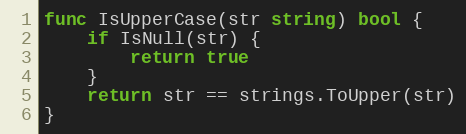
Language: Go
func IsUpperCase(str string) bool {
	if IsNull(str) {
		return true
	}
	return str == strings.ToUpper(str)
}